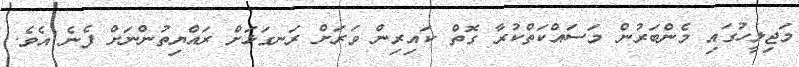
މަޖިލީހުގައި މެންބަރުން މަސައްކަތްކުރާ ގޮތް ކައިރިން ވަރަށް ރަނގަޅަށް ރައްޔިތުންނަށް ފެނެ އެވެ.